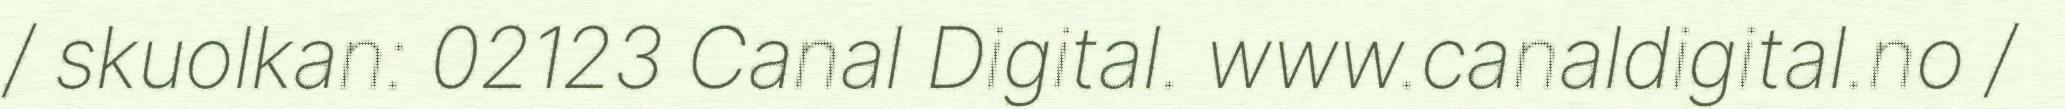
/ skuolkan: 02123 Canal Digital. www.canaldigital.no /